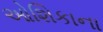
ઓશિકાના